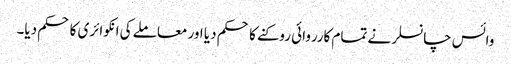
وائس چانسلر نے تمام کارروائی روکنے کا حکم دیا اور معاملے کی انکوائری کا حکم دیا۔